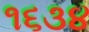
૧૬૩૪